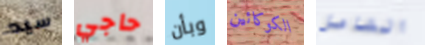
سيد حاجي وبأن الكوكائين الشامل